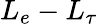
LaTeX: L_{e}-L_{\tau}